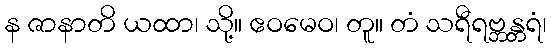
န ဇာနာတိ ယထာ၊ သို့။ ဧဝမေဝ၊ တူ။ တံ သရီရဗ္ဘန္တရံ၊